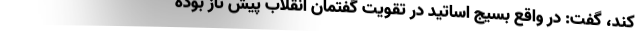
کند، گفت: در واقع بسیج اساتید در تقویت گفتمان انقلاب پیش تاز بوده